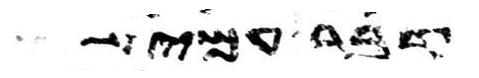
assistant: דבר עמי